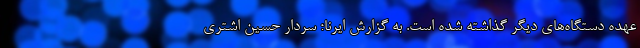
عهده دستگاه‌های دیگر گذاشته شده است. به گزارش ایرنا؛ سردار حسین اشتری